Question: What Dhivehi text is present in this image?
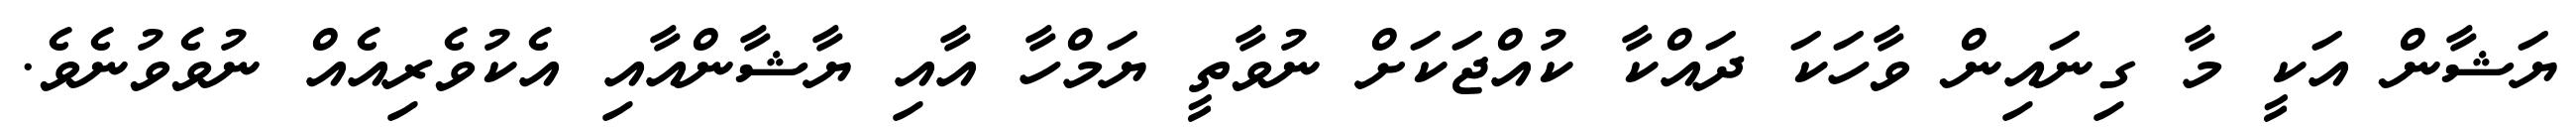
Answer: ޔަޝާން އަކީ މާ ގިނައިން ވާހަކަ ދައްކާ ކުއްޖަކަށް ނުވާތީ ޔަމްހާ އާއި ޔާޝާންއާއި އެކުވެރިއެއް ނުވެވުނެވެ.